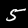
Digit: 5